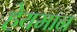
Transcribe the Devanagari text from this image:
हेयमान